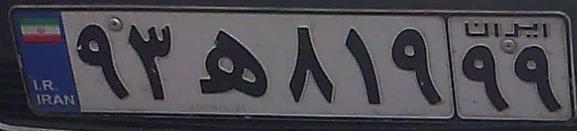
۹۳ه۸۱۹۹۹